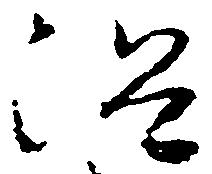
沼